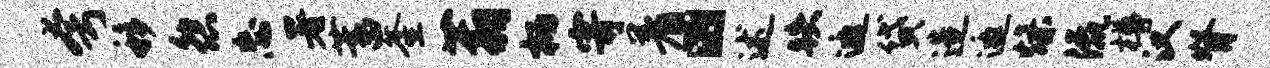
夸移怨忘署蓄釜蓊柄寄着“述跌邀贷造邀燥流樽汉脊